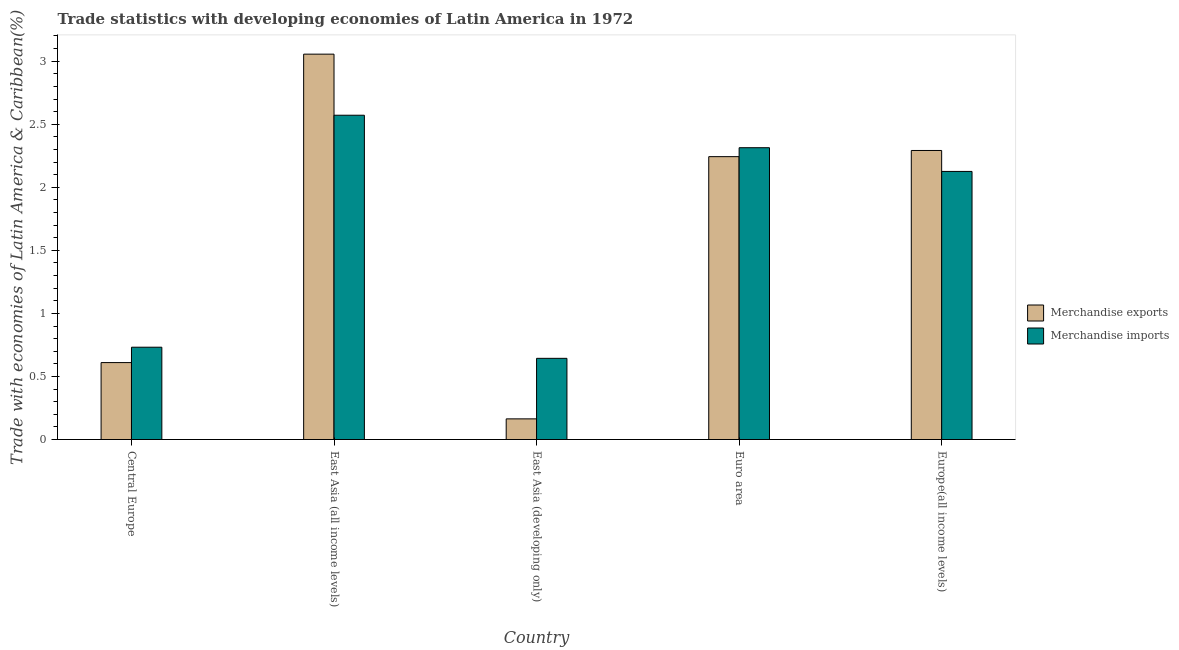
| Country | Merchandise exports | Merchandise imports |
 | --- | --- | --- |
 | Central Europe | 0.61 | 0.732 |
 | East Asia (all income levels) | 3.06 | 2.57 |
 | East Asia (developing only) | 0.164 | 0.644 |
 | Euro area | 2.24 | 2.31 |
 | Europe(all income levels) | 2.29 | 2.13 |